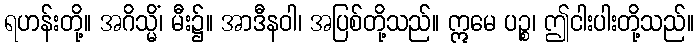
ရဟန်းတို့။ အဂိသ္မိံ၊ မီး၌။ အာဒီနဝါ၊ အပြစ်တို့သည်။ ဣမေ ပဉ္စ၊ ဤငါးပါးတို့သည်။